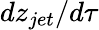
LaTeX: dz_{jet}/d\tau